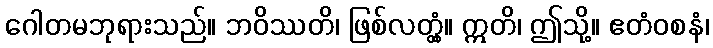
ဂေါတမဘုရားသည်။ ဘဝိဿတိ၊ ဖြစ်လတ္တံ့။ ဣတိ၊ ဤသို့။ ဧတံဝစနံ၊